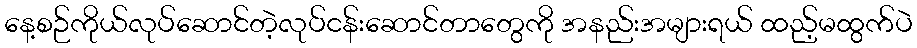
နေ့စဉ်ကိုယ်လုပ်ဆောင်တဲ့လုပ်ငန်းဆောင်တာတွေကို အနည်းအများရယ် ထည့်မထွက်ပဲ